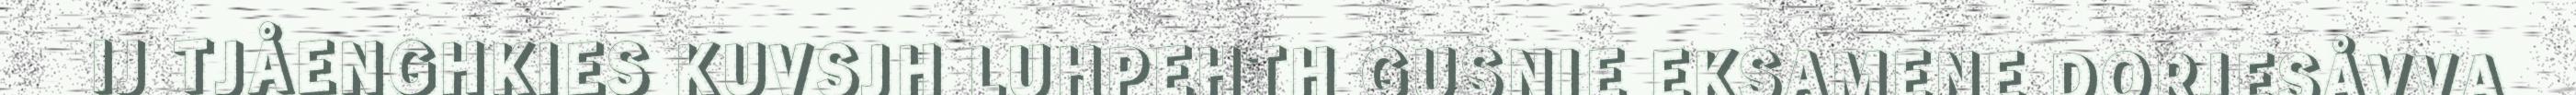
IJ TJÅENGHKIES KUVSJH LUHPEHTH GUSNIE EKSAMENE DORJESÅVVA